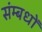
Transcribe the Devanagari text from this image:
संम्बधों